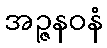
အဉ္ဇနဝနံ